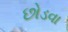
છોડવા